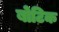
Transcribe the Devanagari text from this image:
बोटिक